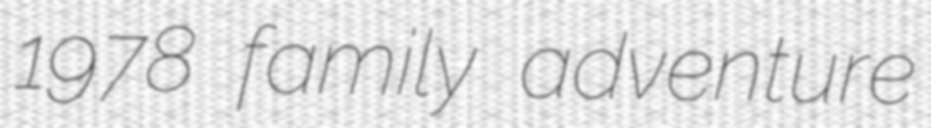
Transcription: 1978 family adventure